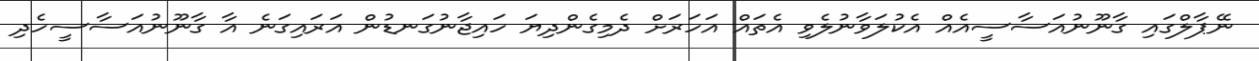
ނޭޕާލްގައި ގާނޫނުއަސާސީއެއް އެކުލަވާނުލެވި އެތައް އަހަރަށް ދެމިގެންދިޔަ ހައިޖާނުގަނޑުން އަރައިގަނެ އާ ގާނޫނުއަސާސީހެދި